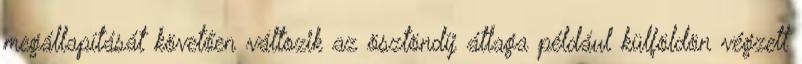
megállapítását követően változik az ösztöndíj átlaga például külföldön végzett